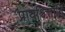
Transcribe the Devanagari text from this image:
प्रायश्चित्तानि